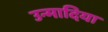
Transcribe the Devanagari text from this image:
उन्मादिया